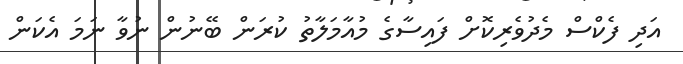
އަދި ފެކްސް މެދުވެރިކޮށް ފައިސާގެ މުއާމަލާތު ކުރަން ބޭނުން ނުވާ ނަމަ އެކަން